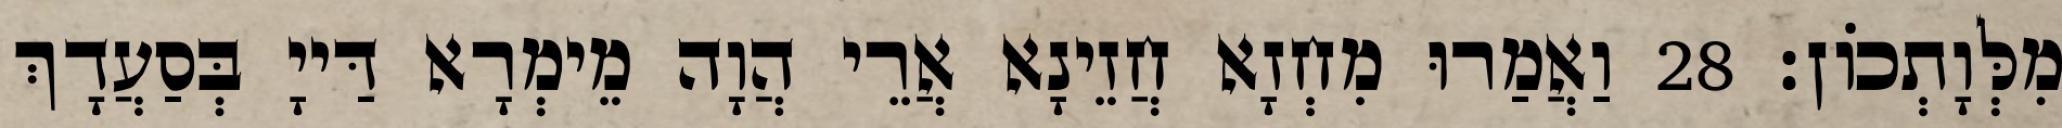
מִלְּוָתְכוֹן׃ 28 וַאֲמַרוּ מִחְזָא חֲזֵינָא אֲרֵי הֲוָה מֵימְרָא דַּייָ בְּסַעֲדָךְ